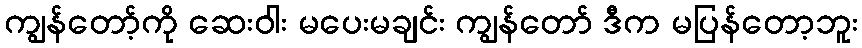
ကျွန်တော့်ကို ဆေးဝါး မပေးမချင်း ကျွန်တော် ဒီက မပြန်တော့ဘူး